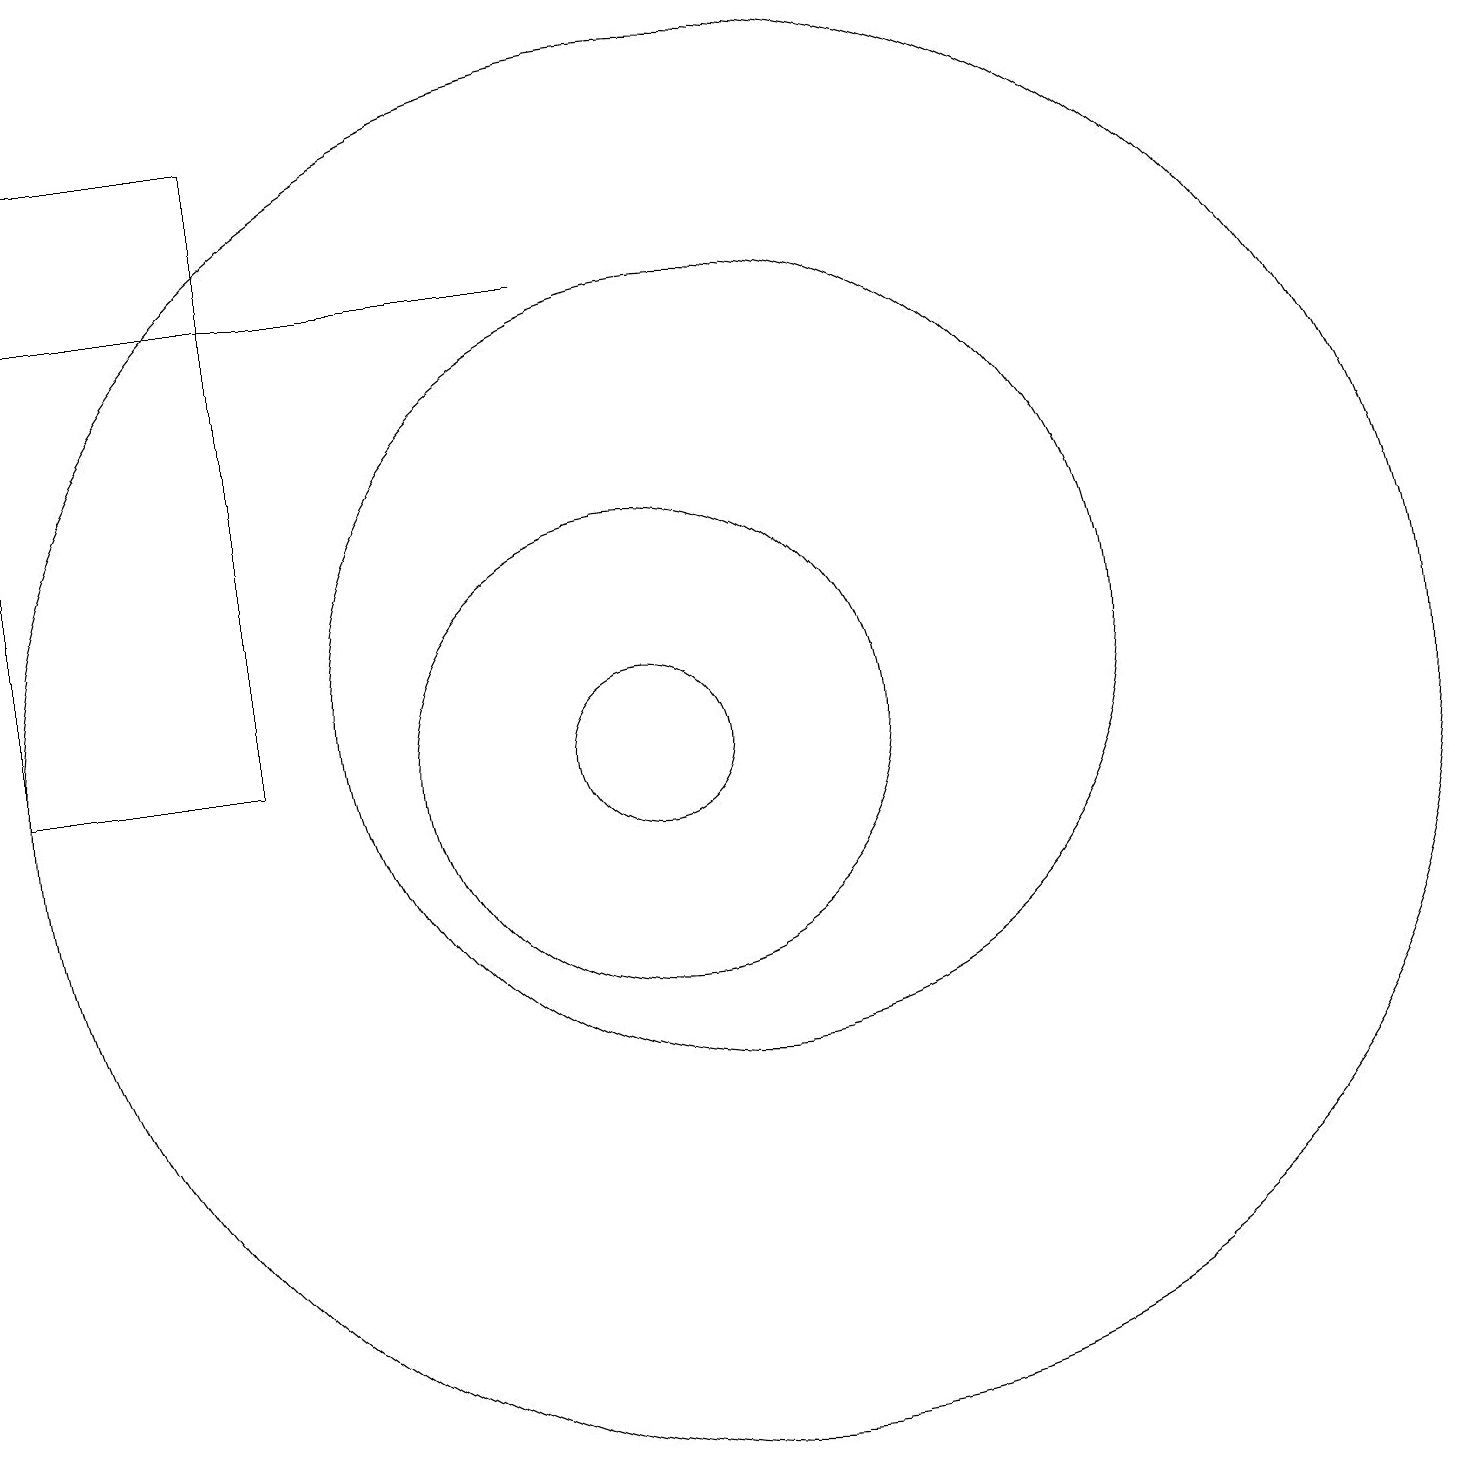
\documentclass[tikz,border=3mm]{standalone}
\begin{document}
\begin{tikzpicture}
\draw[->] (9,17) -- (2,17);
\draw (11,11) circle (9);
\draw (5,19) rectangle (2,11);
\draw (10,11) circle (1);
\draw (10,11) circle (3);
\draw (11,12) circle (5);
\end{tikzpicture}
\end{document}